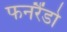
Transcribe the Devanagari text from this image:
फनरैंडो